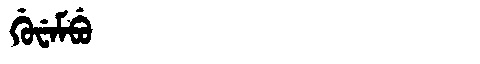
Manchu: ᡤᡠᠸᡝᠮᠪᡠ
Romanization: GUWEMBU